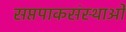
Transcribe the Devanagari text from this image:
सप्तपाकसंस्थाओं